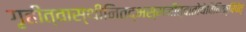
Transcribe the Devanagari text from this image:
गृहीत्वास्थीनितद्भस्मनीत्वातोयेविनिक्षिपेत्